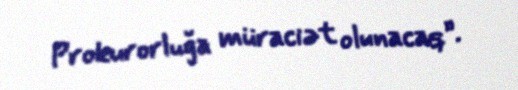
Prokurorluğa müraciət olunacaq”.